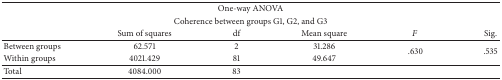
<table><thead><tr><td colspan="6"><b>One-way ANOVA</b></td></tr><tr><td colspan="6"><b>Coherence between groups G1, G2, and G3 </b></td></tr><tr><td><b> </b></td><td><b>Sum of squares</b></td><td><b>df</b></td><td><b>Mean square</b></td><td><b><i>F</i></b></td><td><b>Sig.</b></td></tr></thead><tbody><tr><td>Between groups</td><td>62.571</td><td>2</td><td>31.286</td><td rowspan="2">.630</td><td rowspan="2">.535</td></tr><tr><td>Within groups</td><td>4021.429</td><td>81</td><td>49.647</td></tr><tr><td>Total</td><td>4084.000</td><td>83</td><td> </td><td> </td><td> </td></tr></tbody></table>